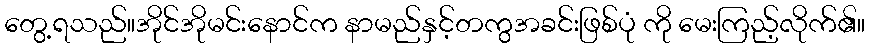
တွေ့ရသည်။အိုင်အိုမင်းနောင်က နာမည်နှင့်တကွအခင်းဖြစ်ပုံ ကို မေးကြည့်လိုက်၏။